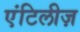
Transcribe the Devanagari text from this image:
एंटिलीज़